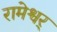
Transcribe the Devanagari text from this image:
रामेश्वर्